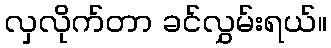
လှလိုက်တာ ခင်လွှမ်းရယ်။